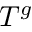
T ^ { g }